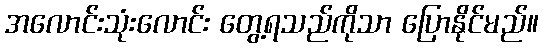
အလောင်းသုံးလောင်း တွေ့ရသည်ကိုသာ ပြောနိုင်မည်။